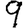
Digit: 9